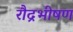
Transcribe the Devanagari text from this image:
रौद्रभीषण